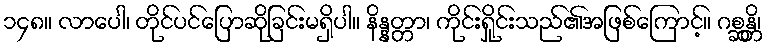
၁၄၈။ လာပေါ၊ တိုင်ပင်ပြောဆိုခြင်းမရှိပါ။ နိန္နတ္တာ၊ ကိုင်းရှိုင်းသည်၏အဖြစ်ကြောင့်။ ဂစ္ဆန္တိ၊